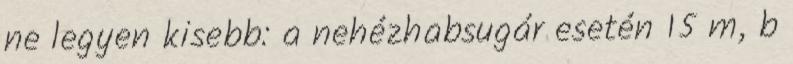
ne legyen kisebb: a nehézhabsugár esetén 15 m, b